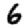
Digit: 6